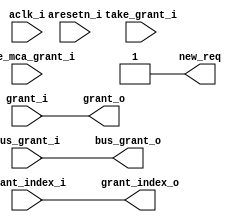
/* ---------------------------------------------------------------------
**
**                  (C) COPYRIGHT 2006-2011 SYNOPSYS, INC.
**                            ALL RIGHTS RESERVED
**
**  This software and the associated documentation are confidential and
**  proprietary to Synopsys, Inc.  Your use or disclosure of this
**  software is subject to the terms and conditions of a written
**  license agreement between you, or your company, and Synopsys, Inc.
**
**  The entire notice above must be reproduced on all authorized copies.
**
** ---------------------------------------------------------------------
**
** Abstract : This block implements the registering of the arbiter 
**            outputs in DW_axi_arb.v .
**
** ---------------------------------------------------------------------
*/


module DW_axi_arbpl (
  // Inputs - System.
  aclk_i,
  aresetn_i,

  // Inputs 
  grant_i,
  bus_grant_i,
  grant_index_i,
  take_grant_i,
  take_mca_grant_i,
  
  // Outputs
  grant_o,
  bus_grant_o,
  grant_index_o,
  new_req
);

//----------------------------------------------------------------------
// MODULE PARAMETERS.
//----------------------------------------------------------------------
  parameter PIPELINE = 0; // Pipeline these signals or not.
  parameter BUS_GRANT_W = 1;
  parameter GRANT_INDEX_W = 1;
  parameter MCA_EN = 0; // Enable multi cycle arbitration.
  parameter MCA_NC = 0; // Number of arb. cycles in multi cycle arb.
  parameter MCA_NC_W = 1; // Log base 2 of MCA_NC.

//----------------------------------------------------------------------
// PORT DECLARATIONS
//----------------------------------------------------------------------

// Inputs - System.
  input aclk_i;    // AXI system clock.
  input aresetn_i; // AXI system reset.


// Inputs.
  input grant_i;
  input [BUS_GRANT_W-1:0] bus_grant_i;
  input [GRANT_INDEX_W-1:0] grant_index_i;
  input take_grant_i;
  input take_mca_grant_i;
                                                
// Outputs - Arbiter outputs.
  output grant_o;
  output [BUS_GRANT_W-1:0] bus_grant_o;
  output [GRANT_INDEX_W-1:0] grant_index_o;

// Outputs - Multi cycle arbitration control.
  output new_req; // Selects when to allow new request signals to be
                  // forwarded to the arbiter.

  //--------------------------------------------------------------------
  // REGISTER VARIABLES.
  //--------------------------------------------------------------------
  reg grant_r;
  reg [BUS_GRANT_W-1:0] bus_grant_r;
  reg [GRANT_INDEX_W-1:0] grant_index_r;

  //--------------------------------------------------------------------
  // Multi Cycle Arbitration signals.
  //--------------------------------------------------------------------
  reg [MCA_NC_W-1:0] mca_count_r; // Free running counter, counts up
                                  // to MCA_NC.
				   
  wire grant_index_update; // Asserted when arbiter outputs should be
                           // updated.
			   

  //--------------------------------------------------------------------
  // Multi Cycle Arbitration.  Counter and control signal decode.
  //--------------------------------------------------------------------

  //--------------------------------------------------------------
  // Multi cycle arbitration counter.
  // This is a free running counter, reset to 0 after it reaches
  // MCA_NC - 1.
  always @(posedge aclk_i or negedge aresetn_i)
  begin : mca_count_r_PROC
    if(~aresetn_i) begin
      mca_count_r <= {MCA_NC_W{1'b0}};
    end else begin
      if(mca_count_r == (MCA_NC - 1)) begin
        mca_count_r <= {MCA_NC_W{1'b0}};
      end else begin
        mca_count_r <= mca_count_r + 1'b1;
      end
    end
  end // mca_count_r_PROC
  

  //--------------------------------------------------------------------
  // Decode of more multi cycle arbitration control signals.
  
  // Capture new grant index at the end of the count period.
  assign grant_index_update = MCA_EN
                              ? (mca_count_r == (MCA_NC - 1))
			                        : 1'b1;

  // Capture new arbiter inputs in the same cycle that the grant
  // index is being updated.
  assign new_req = grant_index_update;

  // When to take new grants in arbiter pipeline mode
  wire apl_gi_update = ((MCA_EN==0) & (PIPELINE==1))
                        ? (~grant_r | take_grant_i) 
                        : 1'b0;
  
  //--------------------------------------------------------------------
  // Perform registering of arbiter outputs.
  //
  // If multi cycle arbitration is enabled, only take new grants at 
  // the end of each arbitration window, when a transfer has been 
  // accepted, or there is no valid active.
  //
  // In arbiter pipeline mode, take new grants when t/x has been
  // accepted or there was no previous grant, but not during a locked
  // sequence. After a locked sequence we take the next grants after 
  // the sequence ends.
  always @(posedge aclk_i or negedge aresetn_i) 
  begin : arb_outputs_reg_PROC
    if(~aresetn_i) begin
      grant_r       <= 1'b0;
      bus_grant_r   <= {BUS_GRANT_W{1'b0}};
      grant_index_r <= {GRANT_INDEX_W{1'b0}};
    end else begin
      if((grant_index_update & take_mca_grant_i & (MCA_EN==1))
         | apl_gi_update
) begin
        grant_r       <= grant_i;
        bus_grant_r   <= bus_grant_i;
        grant_index_r <= grant_index_i;
      end
    end
  end // arb_outputs_reg_PROC


  // Select either registered or unregistered outputs.
  // NOTE : Register stage is used if the pipeline stage after the arbiter
  // is selected OR if multi cycle arbitration is enabled.
  assign grant_o       = (PIPELINE || MCA_EN) ?       grant_r : grant_i;
  assign bus_grant_o   = (PIPELINE || MCA_EN) ?   bus_grant_r : bus_grant_i;
  assign grant_index_o = (PIPELINE || MCA_EN) ? grant_index_r : grant_index_i;

endmodule